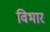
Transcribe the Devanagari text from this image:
विभार